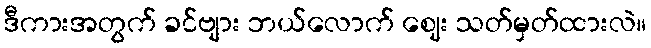
ဒီကားအတွက် ခင်ဗျား ဘယ်လောက် ဈေး သတ်မှတ်ထားလဲ။